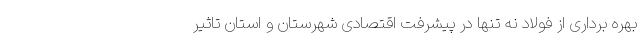
بهره برداری از فولاد نه تنها در پیشرفت اقتصادی شهرستان و استان تاثیر